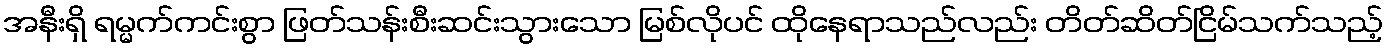
အနီးရှိ ရမ္မက်ကင်းစွာ ဖြတ်သန်းစီးဆင်းသွားသော မြစ်လိုပင် ထိုနေရာသည်လည်း တိတ်ဆိတ်ငြိမ်သက်သည့်